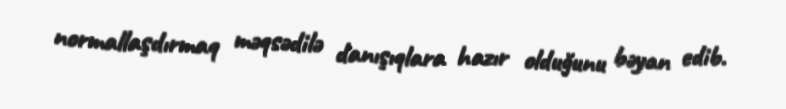
normallaşdırmaq məqsədilə danışıqlara hazır olduğunu bəyan edib.